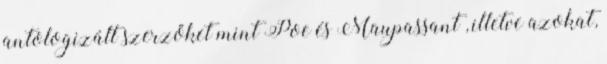
antologizált szerzőket mint Poe és Maupassant , illetve azokat,